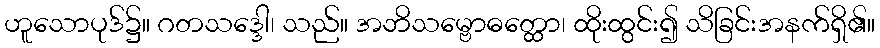
ဟူသောပုဒ်၌။ ဂတသဒ္ဒေါ၊ သည်။ အဘိသမ္ဗောဓတ္ထော၊ ထိုးထွင်း၍ သိခြင်းအနက်ရှိ၏။